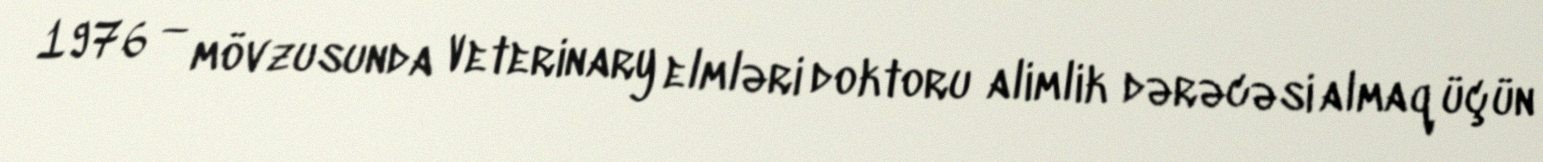
1976 — mövzusunda Veterinary elmləri doktoru alimlik dərəcəsi almaq üçün